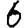
Digit: 6